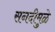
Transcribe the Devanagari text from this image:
सनदीमुळे